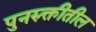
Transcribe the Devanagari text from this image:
पुनरुक्तीतील